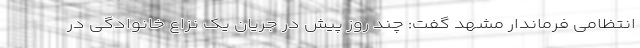
انتظامی فرماندار مشهد گفت: چند روز پیش در جریان یک نزاع خانوادگی در